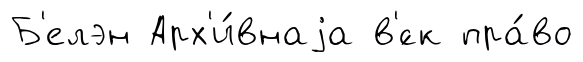
Б'елэн Арх'и́внаjа в'́ск пра́во